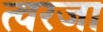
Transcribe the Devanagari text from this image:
त्वरजा